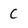
Character: C